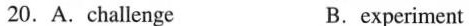
20.A.challenge